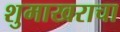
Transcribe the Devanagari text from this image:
शुमाखराचा